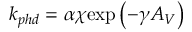
k _ { p h d } = \alpha \chi \mathrm { e x p } \left( - \gamma A _ { V } \right)